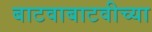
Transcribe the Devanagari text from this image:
बाटवाबाटवीच्या